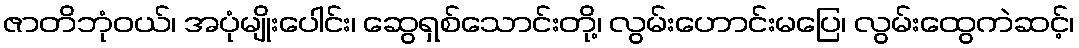
ဇာတိဘုံဝယ်၊ အပုံမျိုးပေါင်း၊ ဆွေရှစ်သောင်းတို့၊ လွမ်းဟောင်းမပြေ၊ လွမ်းထွေကဲဆင့်၊